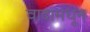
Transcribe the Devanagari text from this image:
वादामधून